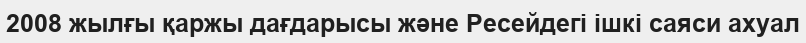
2008 жылғы қаржы дағдарысы және Ресейдегі ішкі саяси ахуал